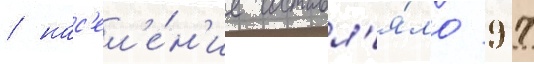
/ нас'ел'е́н'ие составл'я́ло 97